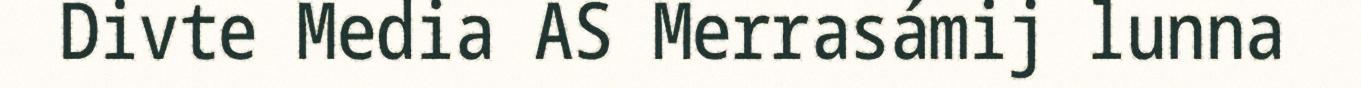
Divte Media AS Merrasámij lunna